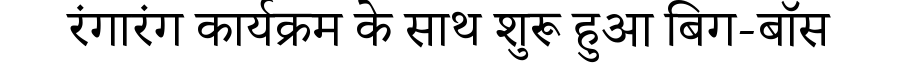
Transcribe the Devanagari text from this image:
रंगारंग कार्यक्रम के साथ शुरू हुआ बिग-बॉस